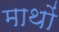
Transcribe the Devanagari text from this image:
माथों